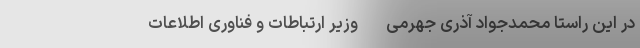
در این راستا محمدجواد آذری جهرمی -وزیر ارتباطات و فناوری اطلاعات-